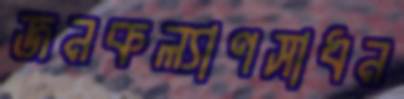
জনকল্যাণসাধন